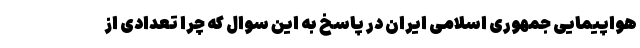
هواپیمایی جمهوری اسلامی ایران در پاسخ به این سوال که چرا تعدادی از